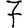
Digit: 7